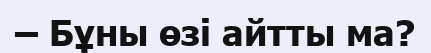
– Бұны өзі айтты ма?